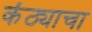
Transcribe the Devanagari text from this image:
कंठ्याचा